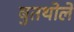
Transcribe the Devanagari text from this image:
बुतथोले